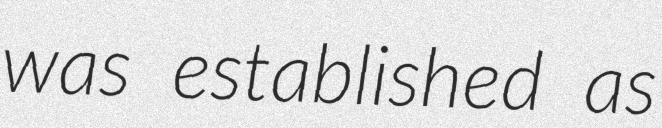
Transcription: was established as